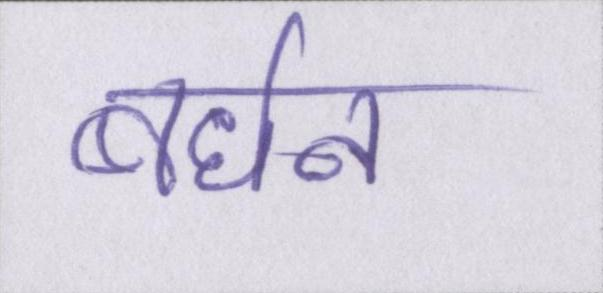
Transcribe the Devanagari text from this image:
बर्धन